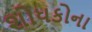
શોધકોના